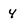
Character: 4